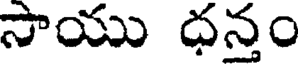
సాయు ధన్తం